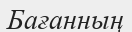
Бағанның